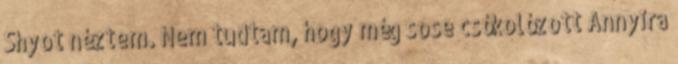
Shyot néztem. Nem tudtam, hogy még sose csókolózott Annyira